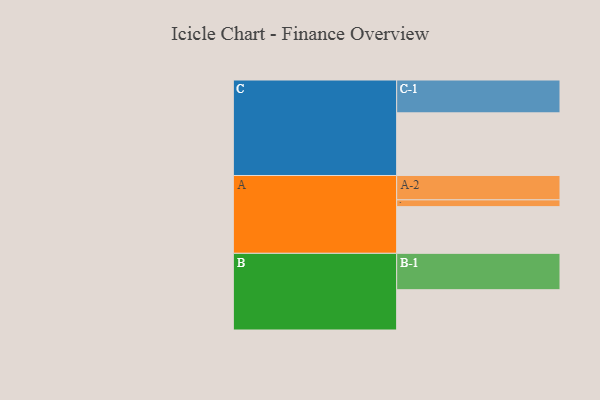
{"axis": {"x": "Segment", "y": "Value"}, "legend": ["", "A", "B", "C"], "data": [{"x": "A", "y": 357, "type": ""}, {"x": "B", "y": 308, "type": ""}, {"x": "C", "y": 479, "type": ""}, {"x": "A-1", "y": 52, "type": "A"}, {"x": "A-2", "y": 186, "type": "A"}, {"x": "B-1", "y": 278, "type": "B"}, {"x": "C-1", "y": 251, "type": "C"}]}